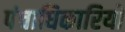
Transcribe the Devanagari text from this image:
पंचाधिकारियों